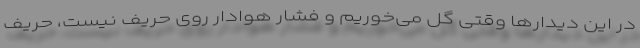
در این دیدارها وقتی گل می‌خوریم و فشار هوادار روی حریف نیست، حریف